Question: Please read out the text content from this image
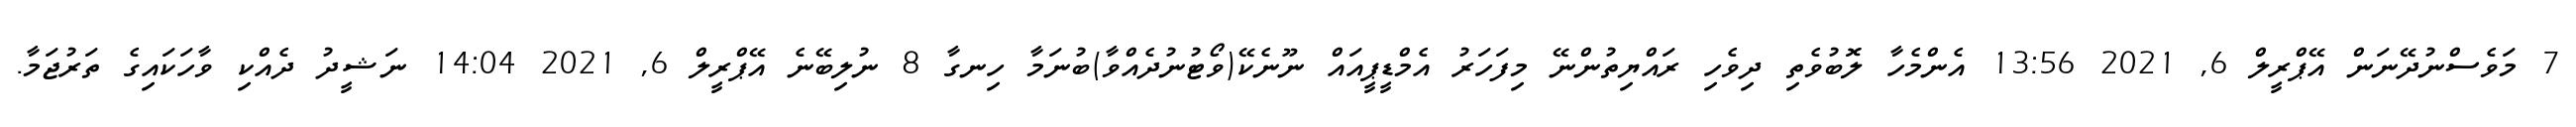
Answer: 7 މަވެސްނުދޭނަން އޭޕްރީލް 6, 2021 13:56 އެންމެހާ ލޮބުވެތި ދިވެހި ރައްޔިތުންނޭ މިފަހަރު އެމްޑީޕީއައް ނޫނެކޭ(ވޯޓުނުދެއްވާ)ބުނަމާ ހިނގާ 8 ނުލިބޭނެ އޭޕްރީލް 6, 2021 14:04 ނަޝީދު ދެއްކި ވާހަކައިގެ ތަރުޖަމާ.